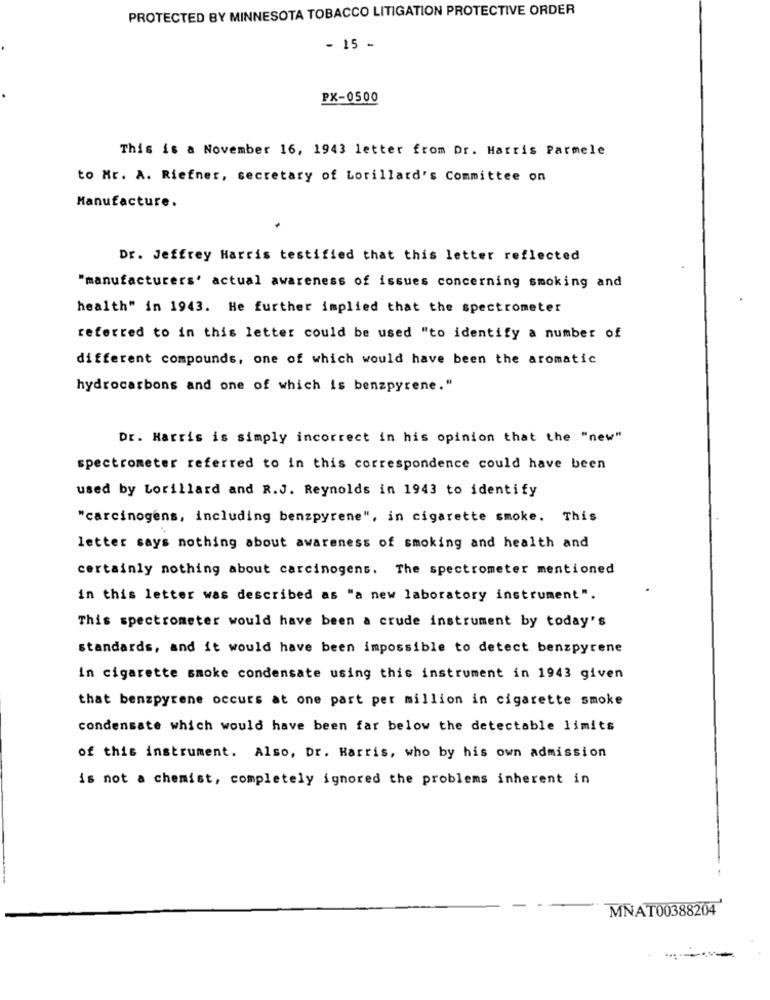
PROTECTED BY MINNESOTA TOBACCO LITIGATION PROTECTIVE ORDER
- 15 -
PX-0500
This is a November 16, 1943 letter from Dr. Harris Parmele
to Mr. A. Riefner, secretary of Lorillard's Committee on
Manufacture.
Dr. Jeffrey Harris testified that this letter reflected
"manufacturers' actual awareness of issues concerning smoking and
health" in 1943. He further implied that the spectrometer
referred to in this letter could be used "to identify a number of
different compounds, one of which would have been the aromatic
hydrocarbons and one of which is benzpyrene."
Dr. Harris is simply incorrect in his opinion that the "new"
spectrometer referred to in this correspondence could have been
used by Lorillard and R.J. Reynolds in 1943 to identify
"carcinogens, including benzpyrene", in cigarette smoke. This
letter says nothing about awareness of smoking and health and
certainly nothing about carcinogens. The spectrometer mentioned
in this letter was described as "a new laboratory instrument".
This spectrometer would have been a crude instrument by today's
standards, and it would have been impossible to detect benzpyrene
in cigarette smoke condensate using this instrument in 1943 given
that benzpyrene occurs at one part per million in cigarette smoke
condensate which would have been far below the detectable limits
of this instrument. Also, Dr. Harris, who by his own admission
is not a chemist, completely ignored the problems inherent in
--
MNAT00388204